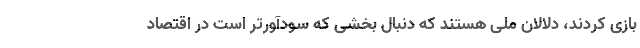
بازی کردند، دلالان ملی هستند که دنبال بخشی که سودآورتر است در اقتصاد